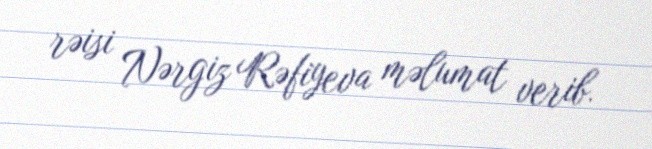
rəisi Nərgiz Rəfiyeva məlumat verib.